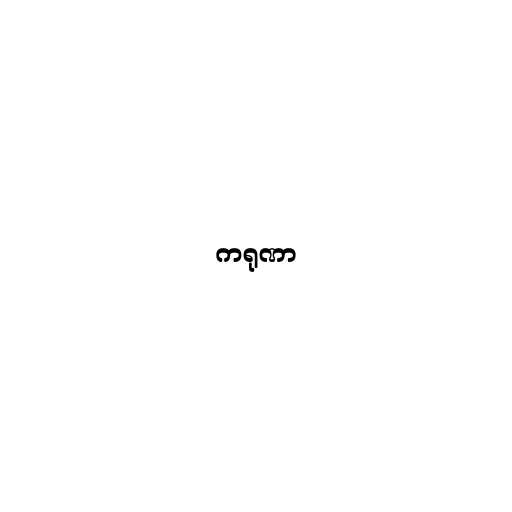
ကရုဏာ